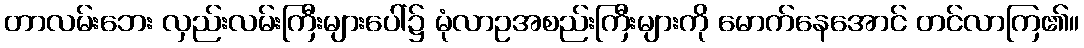
တာလမ်းဘေး လှည်းလမ်းကြီးများပေါ်၌ မုံလာဥအစည်းကြီးများကို မောက်နေအောင် တင်လာကြ၏။